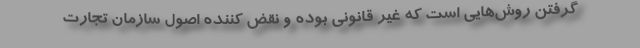
گرفتن روش‌هایی است که غیر قانونی بوده و نقض کننده اصول سازمان تجارت